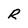
Character: R